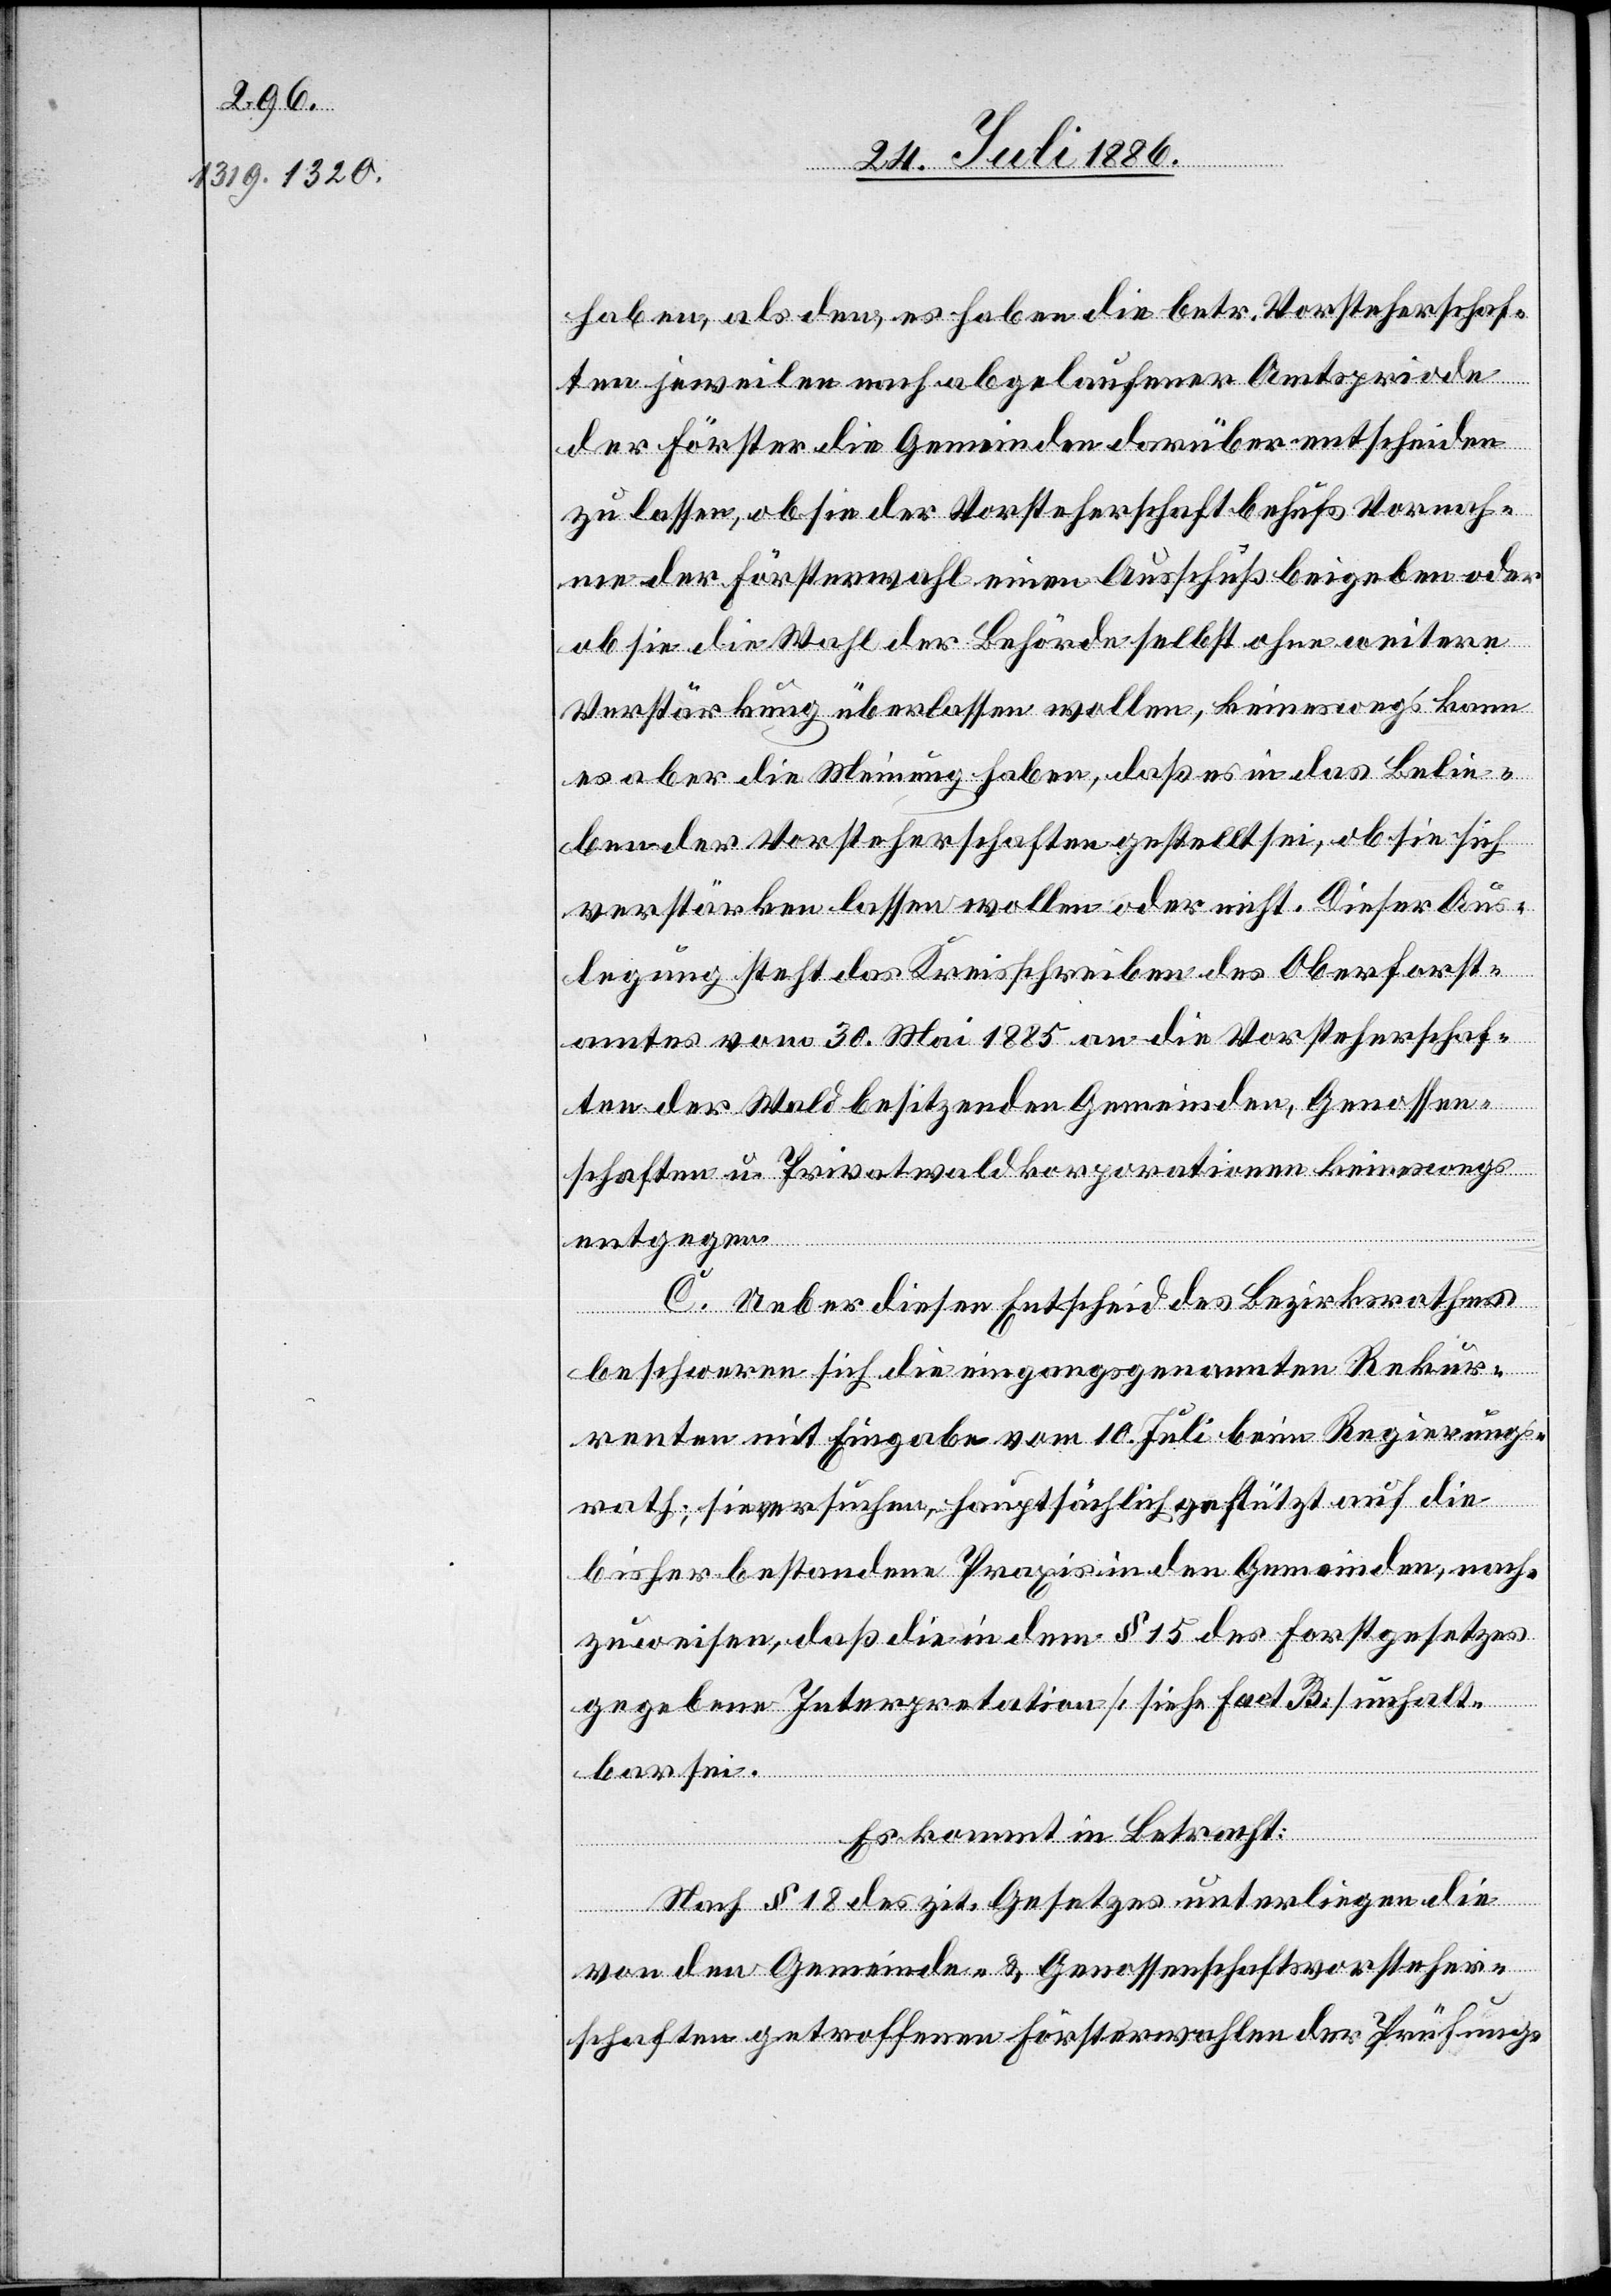
haben, als den, es haben die betr. Vorsteherschaf¬
ten jeweilen nach abgelaufener Amtsperiode
der Förster die Gemeinden darüber entscheiden
zu lassen, ob sie der Vorsteherschaft behufs Vornah¬
me der Försterwahl einen Ausschuß beigeben oder
ob sie die Wahl der Behörde selbst ohne weitere
Verstärkung überlassen wollen, keineswegs kann
es aber die Meinung haben, daß es in das Belie¬
ben der Vorsteherschaften gestellt sei, ob sie sich
verstärken lassen wollen oder nicht. Dieser Aus¬
legung steht das Kreisschreiben des Oberforst¬
amtes vom 30. Mai 1885 an die Vorsteherschaf¬
ten der Wald besitzenden Gemeinden, Genossen¬
schaften u. Privatwalkorporationen keineswegs
entgegen.
C. Ueber diesen Entscheid des Bezirksrathes
beschweren sich die eingangs genannten Rekur¬
renten mit Eingabe vom 10. Juli beim Regierungs¬
rath; sie versuchen, hauptsächlich gestützt auf die
bisher bestandene Praxis in den Gemeinden, nach¬
zuweisen, daß die in dem § 15 des Forstgesetzes
gegebene Interpretation [siehe fact. B.] unhalt¬
bar sei.
Es kommt in Betracht:
Nach § 18 des zit. Gesetzes unterliegen die
von den Gemeinde- & Genossenschaftsvorsteher¬
schaften getroffenen Försterwahlen der Prüfung